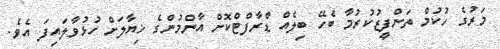
މަރުގެ ހުކުމް ތަންފީޒުކުރުމާ ބެހޭ ބިލެއް ޑްރާފްޓްކޮށް އާންމުންގެ ޚިޔާލަށް ހުޅުވާލައިފަ އެވެ.